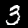
Label: 3